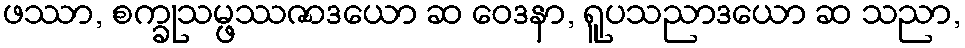
ဖဿာ, စက္ခုသမ္ဖဿဇာဒယော ဆ ဝေဒနာ, ရူပသညာဒယော ဆ သညာ,